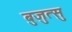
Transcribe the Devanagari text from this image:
बुजुत्सु